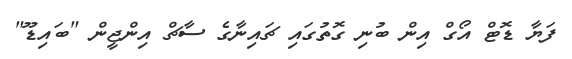
ފަޔާ ޑޮޓް އޯގް އިން ބުނި ގޮތުގައި ޗައިނާގެ ސާޗް އިންޖީން "ބައިޑޫ"